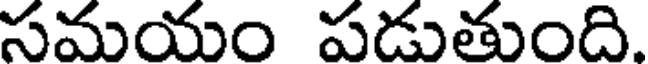
సమయం పడుతుంది.